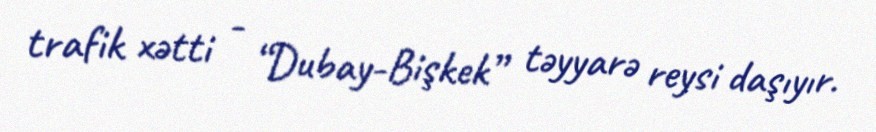
trafik xətti - “Dubay-Bişkek” təyyarə reysi daşıyır.